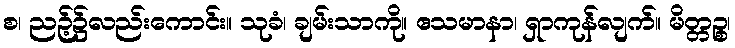
စ၊ ညဉ့်၌လည်းကောင်း။ သုခံ၊ ချမ်းသာကို။ ဧသမာနာ၊ ရှာကုန်လျက်။ မိတ္တဉ္စ၊